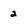
Character: 2